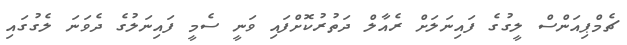
ޗެމްޕިއަންސް ލީގުގެ ފައިނަލަށް ރެއާލް ދަތުރުކޮށްފައި ވަނީ ސެމީ ފައިނަލުގެ ދެވަނަ ލެގުގައި